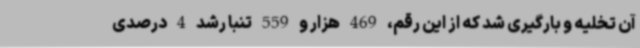
آن تخلیه و بارگیری شد که از این رقم، 469 هزار و 559 تنبا رشد 4 درصدی